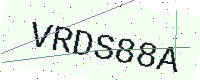
Text: VRDS88A